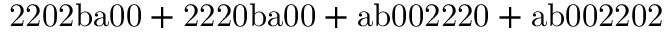
\mathrm { 2 2 0 2 b a 0 0 + 2 2 2 0 b a 0 0 + a b 0 0 2 2 2 0 + a b 0 0 2 2 0 2 }